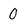
Character: O